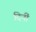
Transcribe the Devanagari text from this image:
दिनीं